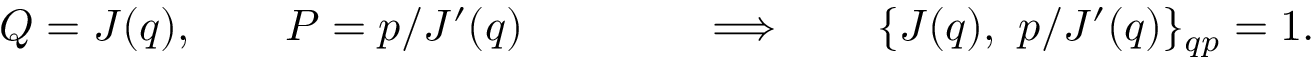
Q = J ( q ) , \qquad P = p / J ^ { \prime } ( q ) \qquad \qquad \Longrightarrow \qquad \{ J ( q ) , ~ p / J ^ { \prime } ( q ) \} _ { q p } = 1 .